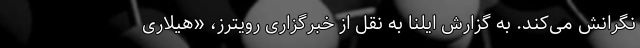
نگرانش می‌کند. به گزارش ایلنا به نقل از خبرگزاری رویترز، «هیلاری